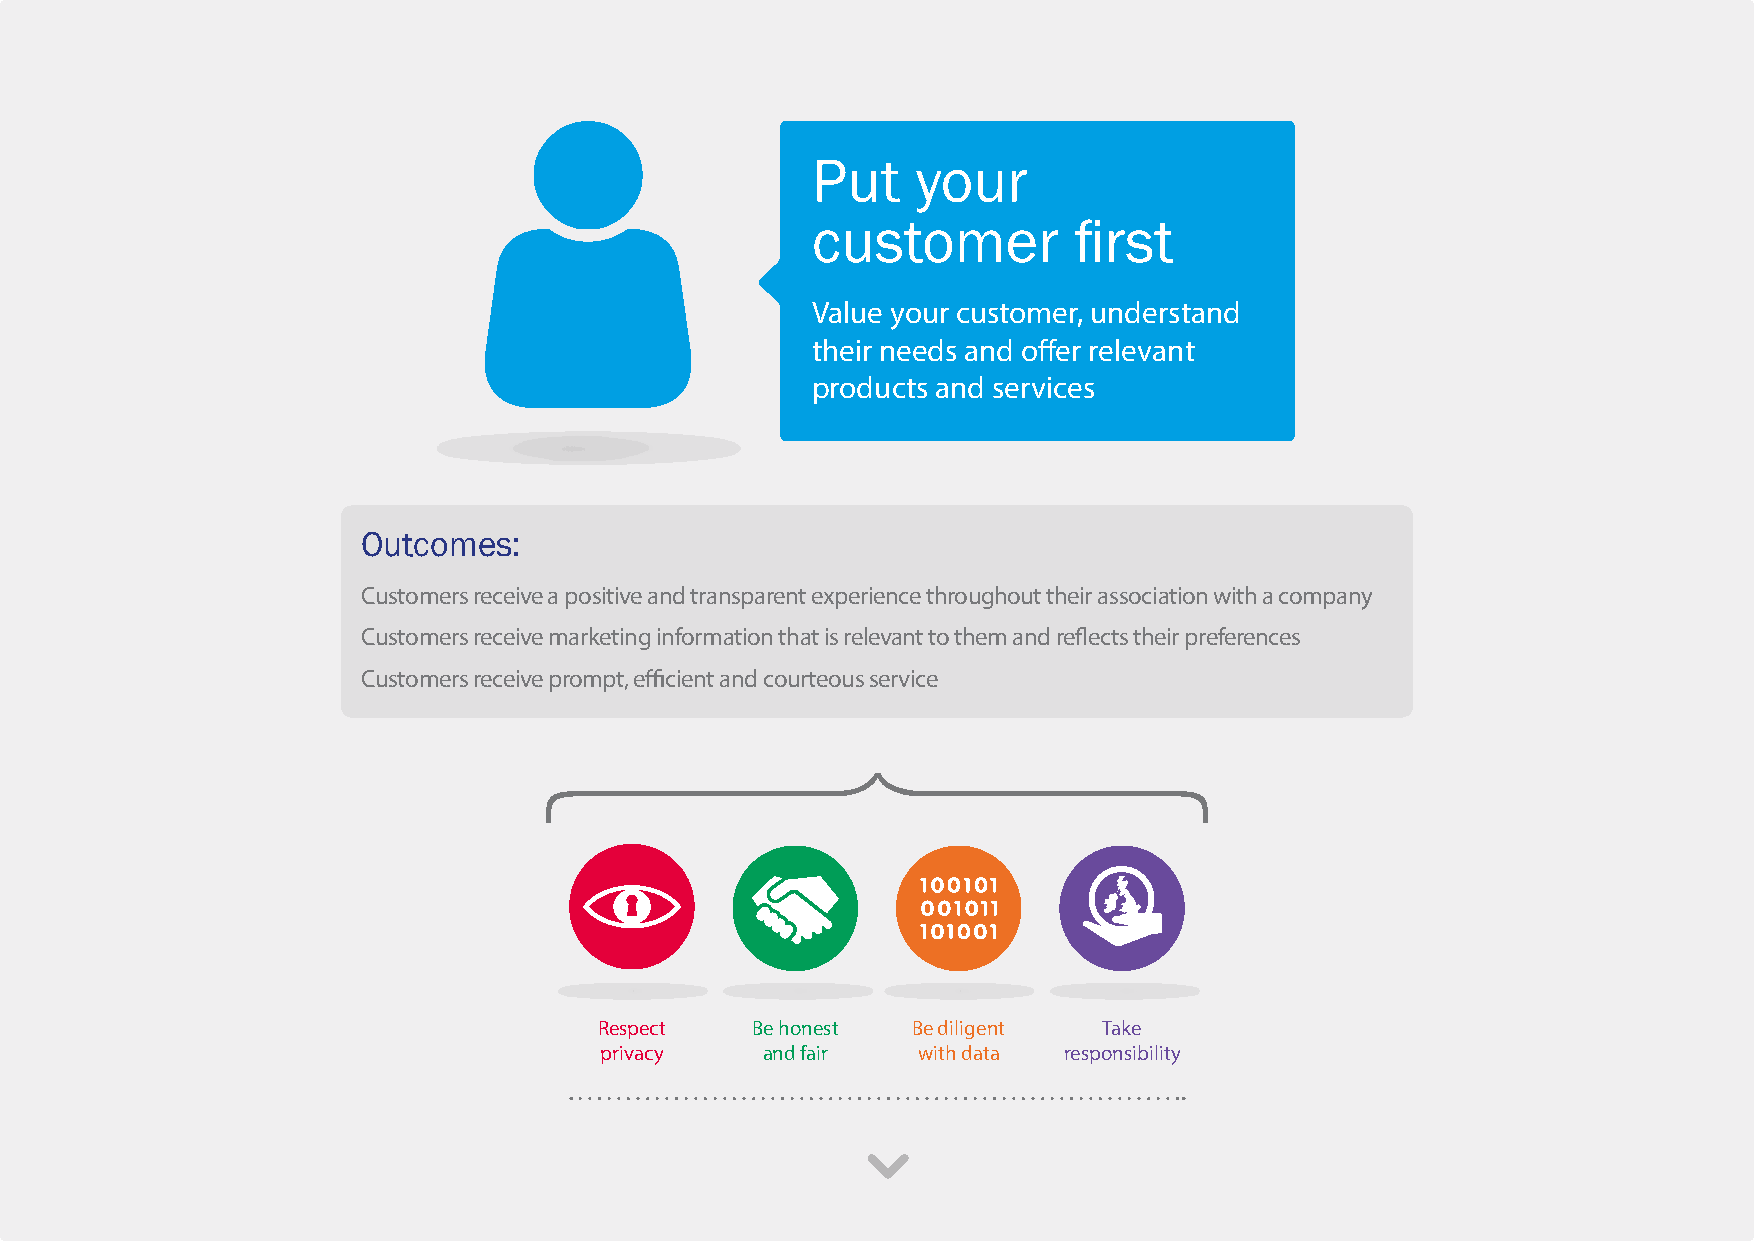
Put    your
 customer         first
 Value your customer, understand
 their needs and offer relevant
 products and services
 Outcomes:
 Customers receive a positive and transparent experience throughout their association with a company
 Customers receive marketing information that is relevant to them and reflects their preferences
 Customers receive prompt, efficient and courteous service
 Respect   Be honest Be diligent  Take
 privacy   and fair   with data responsibility